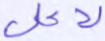
لأعلى